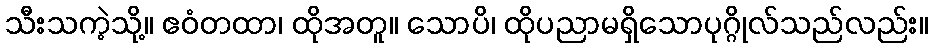
သီးသကဲ့သို့။ ဧဝံတထာ၊ ထိုအတူ။ သောပိ၊ ထိုပညာမရှိသောပုဂ္ဂိုလ်သည်လည်း။